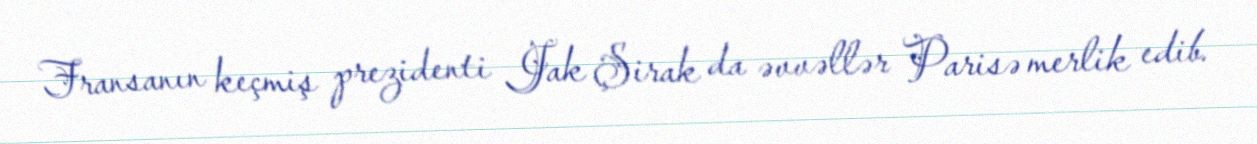
Fransanın keçmiş prezidenti Jak Şirak da əvvəllər Parisə merlik edib.